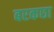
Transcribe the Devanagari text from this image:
बरकछा